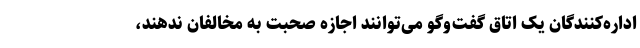
اداره‌کنندگان یک اتاق گفت‌وگو می‌توانند اجازه صحبت به مخالفان ندهند،